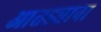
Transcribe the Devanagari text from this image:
आतड्याना